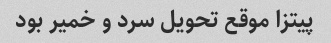
پیتزا موقع تحویل سرد و خمیر بود